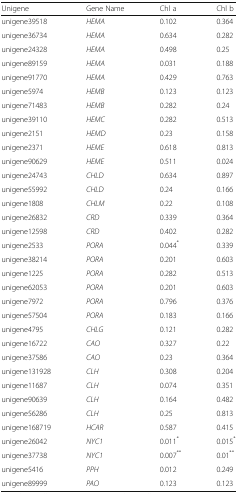
<table><thead><tr><td><b>Unigene</b></td><td><b>Gene Name</b></td><td><b>Chl a</b></td><td><b>Chl b</b></td></tr></thead><tbody><tr><td>unigene39518</td><td><i>HEMA</i></td><td>0.102</td><td>0.364</td></tr><tr><td>unigene36734</td><td><i>HEMA</i></td><td>0.634</td><td>0.282</td></tr><tr><td>unigene24328</td><td><i>HEMA</i></td><td>0.498</td><td>0.25</td></tr><tr><td>unigene89159</td><td><i>HEMA</i></td><td>0.031</td><td>0.188</td></tr><tr><td>unigene91770</td><td><i>HEMA</i></td><td>0.429</td><td>0.763</td></tr><tr><td>unigene5974</td><td><i>HEMB</i></td><td>0.123</td><td>0.123</td></tr><tr><td>unigene71483</td><td><i>HEMB</i></td><td>0.282</td><td>0.24</td></tr><tr><td>unigene39110</td><td><i>HEMC</i></td><td>0.282</td><td>0.513</td></tr><tr><td>unigene2151</td><td><i>HEMD</i></td><td>0.23</td><td>0.158</td></tr><tr><td>unigene2371</td><td><i>HEME</i></td><td>0.618</td><td>0.813</td></tr><tr><td>unigene90629</td><td><i>HEME</i></td><td>0.511</td><td>0.024</td></tr><tr><td>unigene24743</td><td><i>CHLD</i></td><td>0.634</td><td>0.897</td></tr><tr><td>unigene55992</td><td><i>CHLD</i></td><td>0.24</td><td>0.166</td></tr><tr><td>unigene1808</td><td><i>CHLM</i></td><td>0.22</td><td>0.108</td></tr><tr><td>unigene26832</td><td><i>CRD</i></td><td>0.339</td><td>0.364</td></tr><tr><td>unigene12598</td><td><i>CRD</i></td><td>0.402</td><td>0.282</td></tr><tr><td>unigene2533</td><td><i>PORA</i></td><td>0.044<sup>*</sup></td><td>0.339</td></tr><tr><td>unigene38214</td><td><i>PORA</i></td><td>0.201</td><td>0.603</td></tr><tr><td>unigene1225</td><td><i>PORA</i></td><td>0.282</td><td>0.513</td></tr><tr><td>unigene62053</td><td><i>PORA</i></td><td>0.201</td><td>0.603</td></tr><tr><td>unigene7972</td><td><i>PORA</i></td><td>0.796</td><td>0.376</td></tr><tr><td>unigene57504</td><td><i>PORA</i></td><td>0.183</td><td>0.166</td></tr><tr><td>unigene4795</td><td><i>CHLG</i></td><td>0.121</td><td>0.282</td></tr><tr><td>unigene16722</td><td><i>CAO</i></td><td>0.327</td><td>0.22</td></tr><tr><td>unigene37586</td><td><i>CAO</i></td><td>0.23</td><td>0.364</td></tr><tr><td>unigene131928</td><td><i>CLH</i></td><td>0.308</td><td>0.204</td></tr><tr><td>unigene11687</td><td><i>CLH</i></td><td>0.074</td><td>0.351</td></tr><tr><td>unigene90639</td><td><i>CLH</i></td><td>0.164</td><td>0.482</td></tr><tr><td>unigene56286</td><td><i>CLH</i></td><td>0.25</td><td>0.813</td></tr><tr><td>unigene168719</td><td><i>HCAR</i></td><td>0.587</td><td>0.415</td></tr><tr><td>unigene26042</td><td><i>NYC1</i></td><td>0.011<sup>*</sup></td><td>0.015<sup>*</sup></td></tr><tr><td>unigene37738</td><td><i>NYC1</i></td><td>0.007<sup>**</sup></td><td>0.01<sup>**</sup></td></tr><tr><td>unigene5416</td><td><i>PPH</i></td><td>0.012</td><td>0.249</td></tr><tr><td>unigene89999</td><td><i>PAO</i></td><td>0.123</td><td>0.123</td></tr></tbody></table>